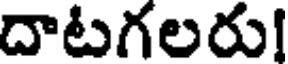
దాటగలరు!